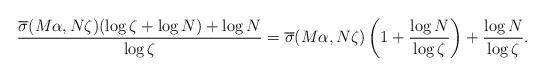
LaTeX: \begin{align*} \frac{\overline{\sigma}(M\alpha,N\zeta)(\log \zeta+\log N)+\log N}{\log \zeta}= \overline{\sigma}(M\alpha,N\zeta)\left(1+\frac{\log N}{\log \zeta}\right)+\frac{\log N}{\log \zeta}.\end{align*}